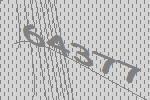
64377